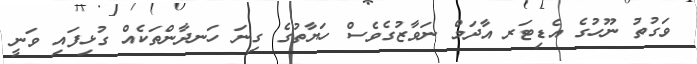
ވަގުތު ނޫހުގެ އެޑިޓަރ އާދަމް ނަވާޒުގެވެސް ހަޔާތުގެ ގިނަ ހަނދާންތަކެއް ގުޅިފައި ވަނީ